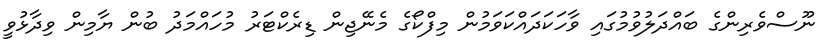
ނޫސްވެރިންގެ ބައްދަލުވުމުގައި ވާހަކަދައްކަވަމުން މިފްކޯގެ މެނޭޖިން ޑިރެކްޓަރު މުހައްމަދު ބުން ޔާމިން ވިދާޅުވީ